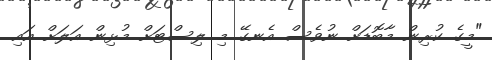
"މީގެ ކުރިން މާބޮޑަށް ނުވެސް އެނގޭ މި ލިސްޓަށް މުޅިން އަލަށް އައި